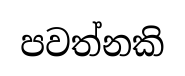
පවත්නකි